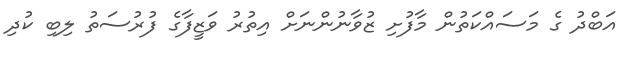
އަބްދު ގެ މަސައްކަތުން މާފުށި ޒުވާނުންނަށް އިތުރު ވަޒީފާގެ ފުރުސަތު ލިބި ކުދި